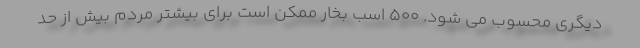
دیگری محسوب می شود. 500 اسب بخار ممکن است برای بیشتر مردم بیش از حد